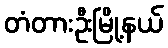
တံတားဦးမြို့နယ်